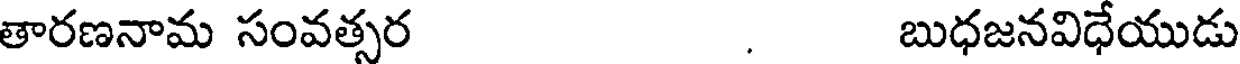
తారణనామ సంవత్సర . బుధజనవిధేయుడు